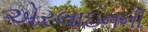
એરલાઇનની